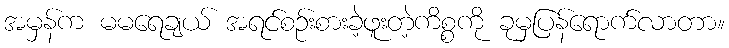
အမှန်က မမရေချယ် အရင်စဉ်းစားခဲ့ဖူးတဲ့ကိစ္စကို ခုမှပြန်ရောက်လာတာ။